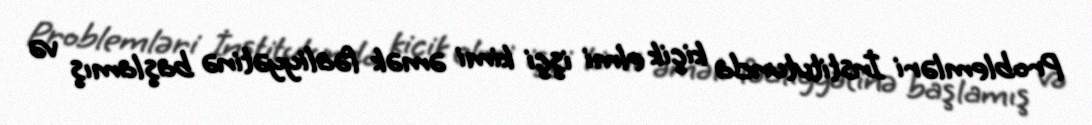
Problemləri İnstitutunda kiçik elmi işçi kimi əmək fəaliyyətinə başlamış və